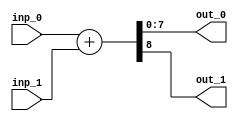
//Checked - OK
module sum_unit(inp_0, inp_1, out_0, out_1);
  input [7:0] inp_0;
  input [7:0] inp_1;
  output [7:0] out_0;
  output out_1;
  assign {out_1, out_0} = inp_0 + inp_1;
endmodule